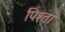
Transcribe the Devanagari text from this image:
पिश्ता